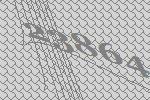
23864